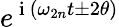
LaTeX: e^{\mathrm{~i~}\left(\omega_{2n}t\pm 2\theta\right)}